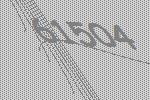
61504